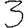
Digit: 3